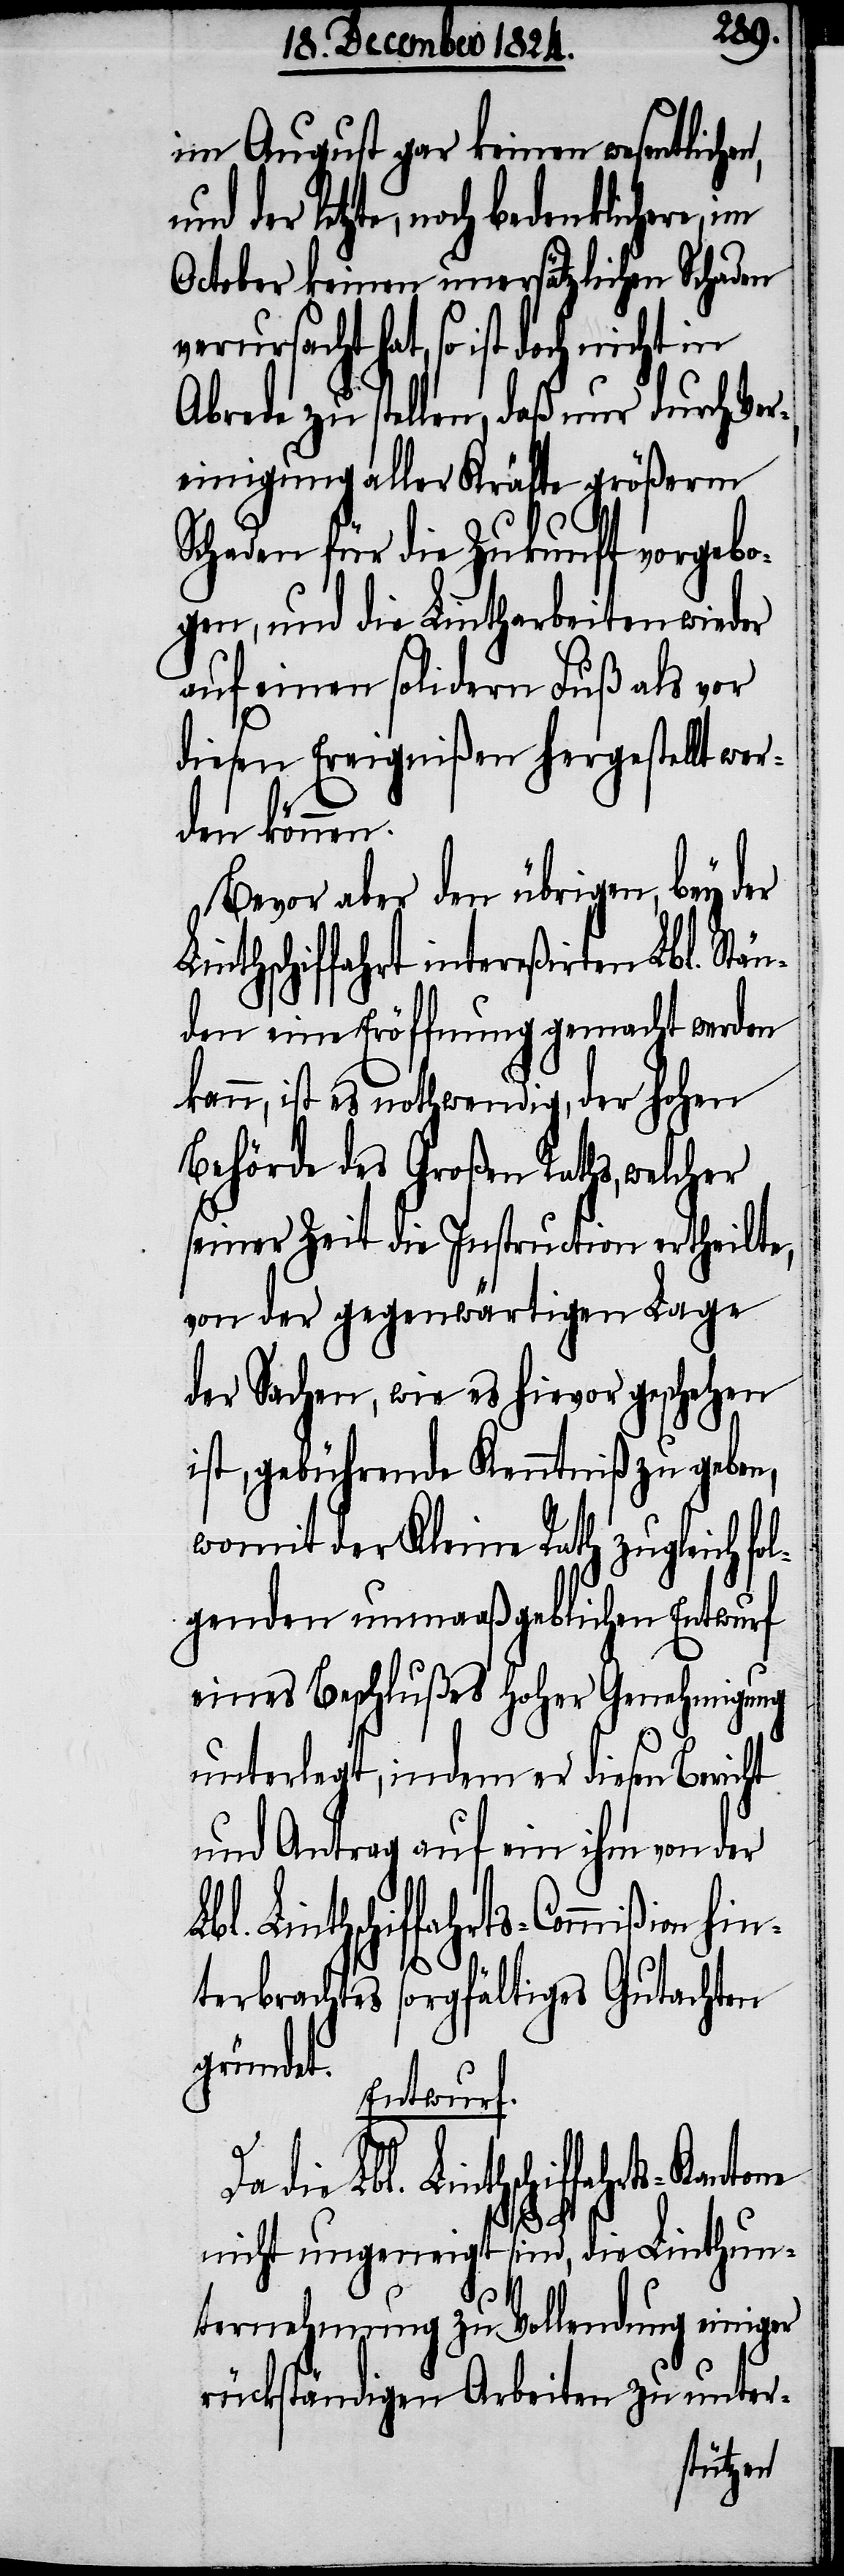
im August gar keinen wesentliche¬
der letzte, noch bedenklichere,
October keinen unersätzlichen Schaden
verursacht hat, so ist doch nicht
Abrede zu stellen, daß nur durch Ver¬
einigung aller Kräfte größerm
Schaden für die Zukunft vorgebo¬
gen, und die Lintharbeiten wieder
auf einen soliden Fuß als vor
diesen Ereignißen hergestellt wer¬
den können.
Bevor aber den übrigen, bey der
inthschiffahrt intereßirten Lbl. Stän¬
den eine Eröffnung gemacht werden
kann, ist es nothwendig, der hohen
Behörde des Großen Raths, welcher
seiner Zeit die Instruction ertheilte,
von der gegenwärtigen Lage
der Sachen, wie es hievor geschehen
ist, gebührende Kenntniß zu geben,
womit der Kleine Rath zugleich fo¬
lgenden unmaaßgeblichen Entwurf
eines Beschlußes Hoher Genehmigung
unterlegt, indem er diesen Bericht
und Antrag auf ein ihm von der
Linthschiffahrts-Commißion hin¬
terbrachtes sorgfältiges Gutachten
gründet.
Entwurf.
die Lbl. Linthschiffahrts-Kantone
L¬
nicht ungeneigt sind, die Linthun¬
ternehmung zu Vollendung einiger
rückständigen Arbeiten zu unter-